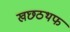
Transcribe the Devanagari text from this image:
खछठथफ